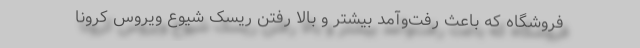
فروشگاه که باعث رفت‌‌وآمد بیشتر و بالا رفتن ریسک شیوع ویروس کرونا